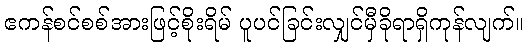
ဧကန်စင်စစ်အားဖြင့်စိုးရိမ် ပူပင်ခြင်းလျှင်မှီခိုရာရှိကုန်လျက်။